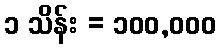
၁ သိန်း = ၁၀၀,၀၀၀